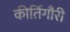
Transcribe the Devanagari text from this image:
कीर्तिगौरी